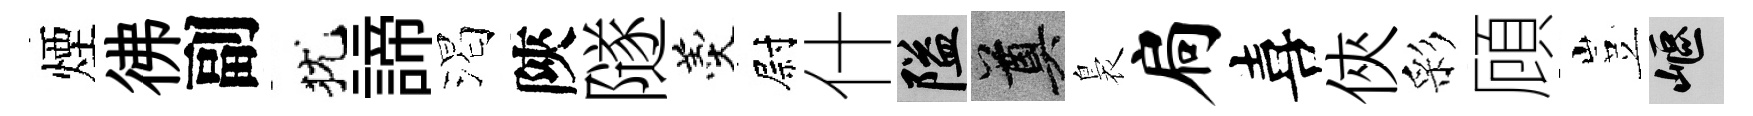
煙彿副犹諦渴陝隧羹尉什隘奠裊扃喜俠彩頋豈嶇